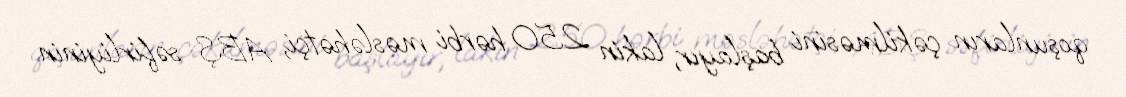
qoşunların çəkilməsini başlayır, lakin 250 hərbi məsləhətçi, ABŞ səfirliyinin